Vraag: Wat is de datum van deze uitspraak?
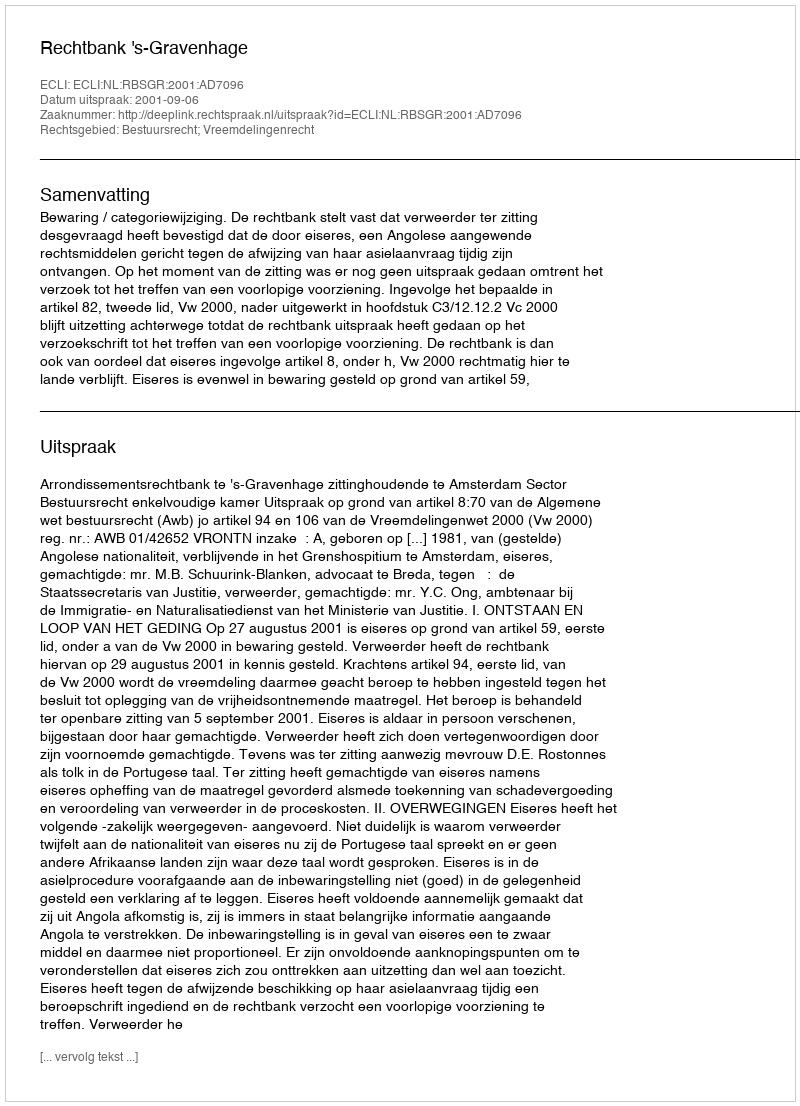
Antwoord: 2001-09-06